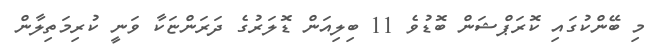
މި ބޭންކުގައި ކޮރަޕްޝަން ބޮޑުވެ 11 ބިލިއަން ޑޮލަރުގެ ދަރަންޏަކާ ވަނީ ކުރިމަތިލާން